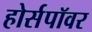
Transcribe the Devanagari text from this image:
होर्सपॉवर